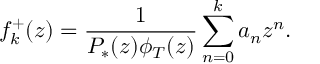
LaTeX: f _ { k } ^ { + } ( z ) = \frac { 1 } { P _ { * } ( z ) \phi _ { T } ( z ) } \sum _ { n = 0 } ^ { k } { a _ { n } z ^ { n } } .